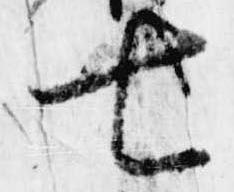
七